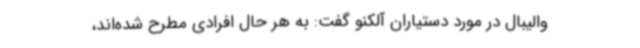
والیبال در مورد دستیاران آلکنو گفت: به هر حال افرادی مطرح شده‌اند،